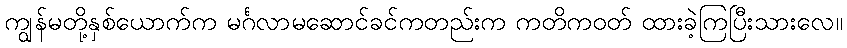
ကျွန်မတို့နှစ်ယောက်က မင်္ဂလာမဆောင်ခင်ကတည်းက ကတိကဝတ် ထားခဲ့ကြပြီးသားလေ။